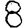
Digit: 8